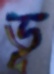
ভূ